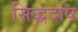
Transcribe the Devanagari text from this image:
सिद्धदोष